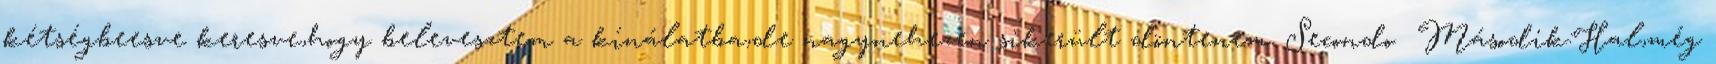
kétségbeesve keresve,hogy belevesztem a kínálatba,de nagynehezen sikerült döntenem. Secondo Második:Hal,még